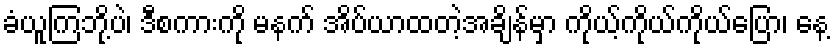
ခံယူကြဘို့ပဲ၊ ဒီစကားကို မနက် အိပ်ယာထတဲ့အချိန်မှာ ကိုယ့်ကိုယ်ကိုယ်ပြော၊ နေ့